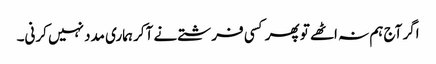
اگر آج ہم نہ اٹھے تو پھر کسی فرشتے نے آکر ہماری مدد نہیں کرنی۔